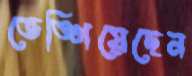
ভেঙ্গিয়েছেন